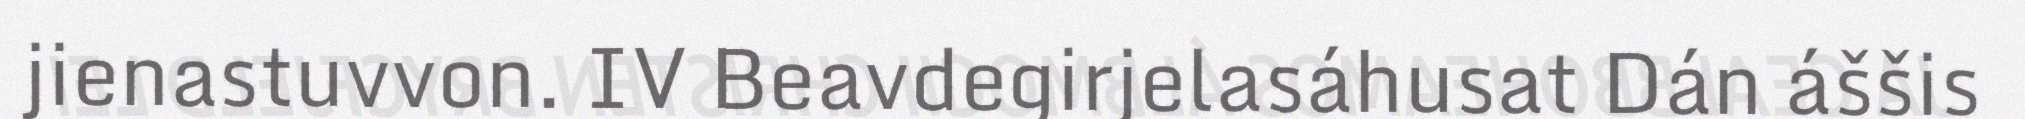
jienastuvvon. IV Beavdegirjelasáhusat Dán áššis